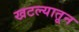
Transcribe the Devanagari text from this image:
खटल्यातून